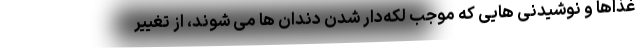
غذاها و نوشیدنی هایی که موجب لکه‌دار شدن دندان ها می شوند، از تغییر